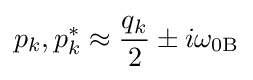
p_{k},p_{k}^{*}\approx {q_{k} \over 2}\pm i\omega _{0\mathrm {B} }